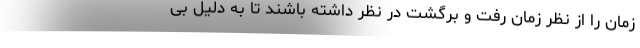
زمان را از نظر زمان رفت و برگشت در نظر داشته باشند تا به دلیل بی‌